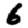
Digit: 6